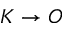
K \to O